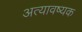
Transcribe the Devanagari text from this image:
अत्यावष्यक